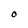
Character: O